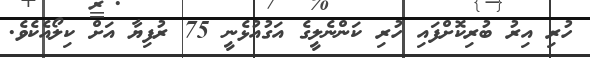
ހުރި އިރު ބުރިކޮށްފައި ހުރި ކަންނެލީގެ އަގުއުޅެނީ 75 ރުފިޔާ އަށް ކިލޯއެކެވެ.